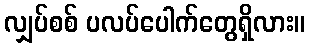
လျှပ်စစ် ပလပ်ပေါက်တွေရှိလား။